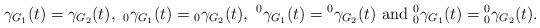
LaTeX: \begin{align*}\gamma_{G_1}(t) = \gamma_{G_2}(t), \ _0\gamma_{G_1}(t) = {_0\gamma_{G_2}(t)}, \ ^0\gamma_{G_1}(t)= {^0\gamma_{G_2}(t)} \ \textrm{and} \ ^0_0\gamma_{G_1}(t) = {^0_0\gamma_{G_2}(t)}. \end{align*}